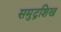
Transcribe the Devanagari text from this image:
समुद्रशिख